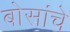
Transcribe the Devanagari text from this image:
बोसांचे